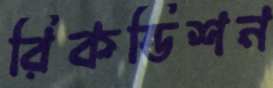
রিকন্ডিশন